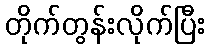
တိုက်တွန်းလိုက်ပြီး